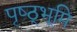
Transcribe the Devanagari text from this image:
पृष्ठ्भूमि